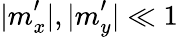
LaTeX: {|m}_{x}^{\prime}|,{|m}_{y}^{\prime}|\ll 1